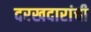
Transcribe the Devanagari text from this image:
दरखदारांची